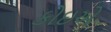
કોઇએ